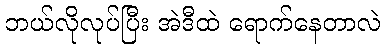
ဘယ်လိုလုပ်ပြီး အဲဒီထဲ ရောက်နေတာလဲ